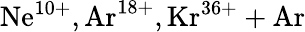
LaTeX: \mathrm{Ne^{10+},Ar^{18+},Kr^{36+}+Ar}